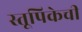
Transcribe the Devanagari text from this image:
स्तूपिकेची